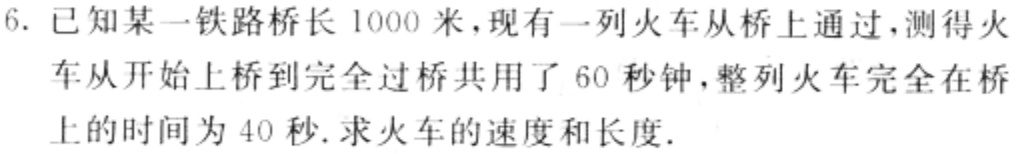
6. 已知某一铁路桥长 1000 米，现有一列火车从桥上通过，测得火车从开始上桥到完全过桥共用了 60 秒钟，整列火车完全在桥上的时间为 40 秒. 求火车的速度和长度.